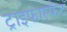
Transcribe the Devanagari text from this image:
ट्राइफास्फेट